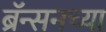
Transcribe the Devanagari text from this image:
ब्रॅन्सनच्या